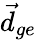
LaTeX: \vec{d}_{ge}